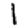
Digit: 1